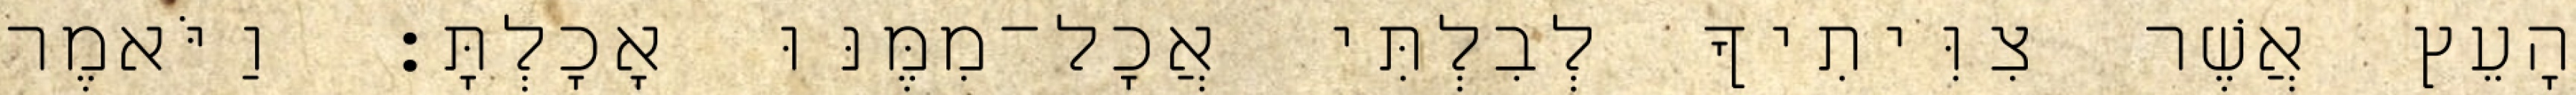
הָעֵץ אֲשֶׁר צִוִּיתִיךָ לְבִלְתִּי אֲכָל־מִמֶּנּוּ אָכָלְתָּ׃ וַיֹּאמֶר